Calcutta medical institutions reports 1871-78
Year: 1871
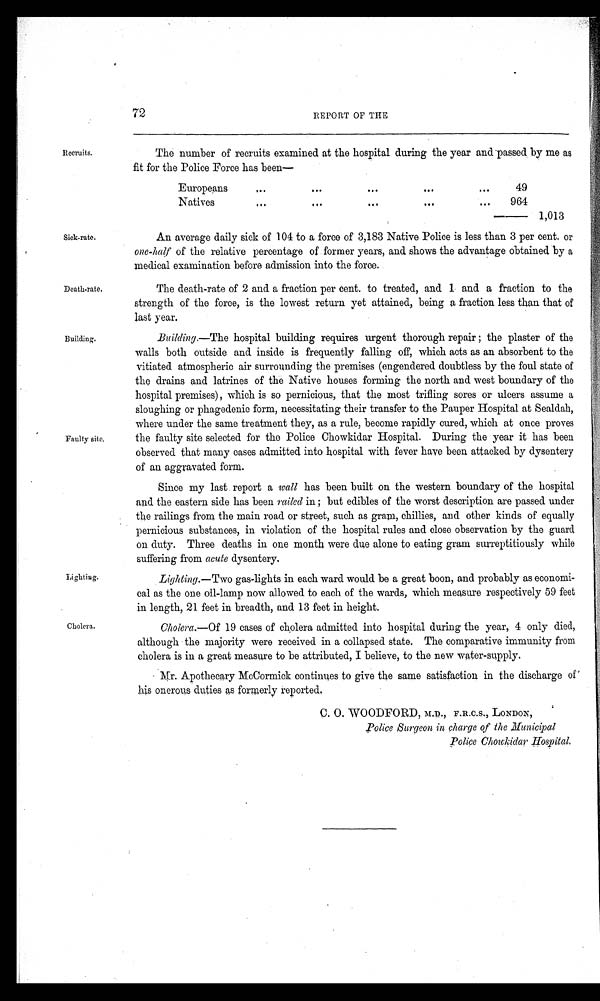
72
REPORT OF THE
Recruits.
The number of recruits examined at the hospital during the year and passed by me as
fit for the Police Force has been—
Europeans
. . .
. . .
. . .
. . .
. . .
49
Natives
. . .
. . .
. . .
. . .
...
964
1,013
Sick-rate.
Death-rate.
Building.
Faulty site.
Lighting.
Cholera.
An average daily sick of 104 to a force of 3,183 Native Police is less than 3 per cent. or
one-half of the relative percentage of former years, and shows the advantage obtained by a
medical examination before admission into the force.
The death-rate of 2 and a fraction per cent. to treated, and 1 and a fraction to the
strength of the force, is the lowest return yet attained, being a fraction less than that of
last year.
Building.—The hospital building requires urgent thorough repair; the plaster of the
walls both outside and inside is frequently falling off, which acts as an absorbent to the
vitiated atmospheric air surrounding the premises (engendered doubtless by the foul state of
the drains and latrines of the Native houses forming the north and west boundary of the
hospital premises), which is so pernicious, that the most trifling sores or ulcers assume a
sloughing or phagedenic form, necessitating their transfer to the Pauper Hospital at Sealdah,
where under the same treatment they, as a rule, become rapidly cured, which at once proves
the faulty site selected for the Police Chowkidar Hospital. During the year it has been
observed that many cases admitted into hospital with fever have been attacked by dysentery
of an aggravated form.
Since my last report a wall has been built on the western boundary of the hospital
and the eastern side has been railed in; but edibles of the worst description are passed under
the railings from the main road or street, such as gram, chillies, and other kinds of equally
pernicious substances, in violation of the hospital rules and close observation by the guard
on duty. Three deaths in one month were due alone to eating gram surreptitiously while
suffering from acute dysentery.
Lighting. —Two gas-lights in each ward would be a great boon, and probably as economi
- c a l a s t h e o n e o i l - l a m p n o w a l l o w e d t o e a c h o f t h e w a r d s , w h i c h m e a s u r e r e s p e c t i v e l y 5 9 f e e t
in length, 21 feet in breadth, and 13 feet in height.
Cholera. —Of 19 cases of cholera admitted into hospital during the year, 4 only died,
although the majority were received in a collapsed state. The comparative immunity from
cholera is in a great measure to be attributed, I believe, to the new water-supply.
Mr. Apothecary McCormick continues to give the same satisfaction in the discharge of
his onerous duties as formerly reported.
C. O. WOODFORD, M.D., F.R.C.S., LONDON,
Police Surgeon in charge of the Municipal
Police Chowkidar Hospital.